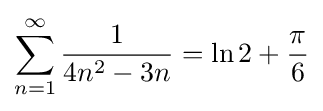
\sum _{n=1}^{\infty }{\frac {1}{4n^{2}-3n}}=\ln 2+{\frac {\pi }{6}}